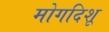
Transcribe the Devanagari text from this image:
मोगदिशू